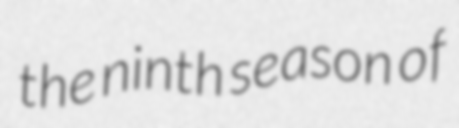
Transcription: the ninth season of